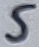
Text: 5